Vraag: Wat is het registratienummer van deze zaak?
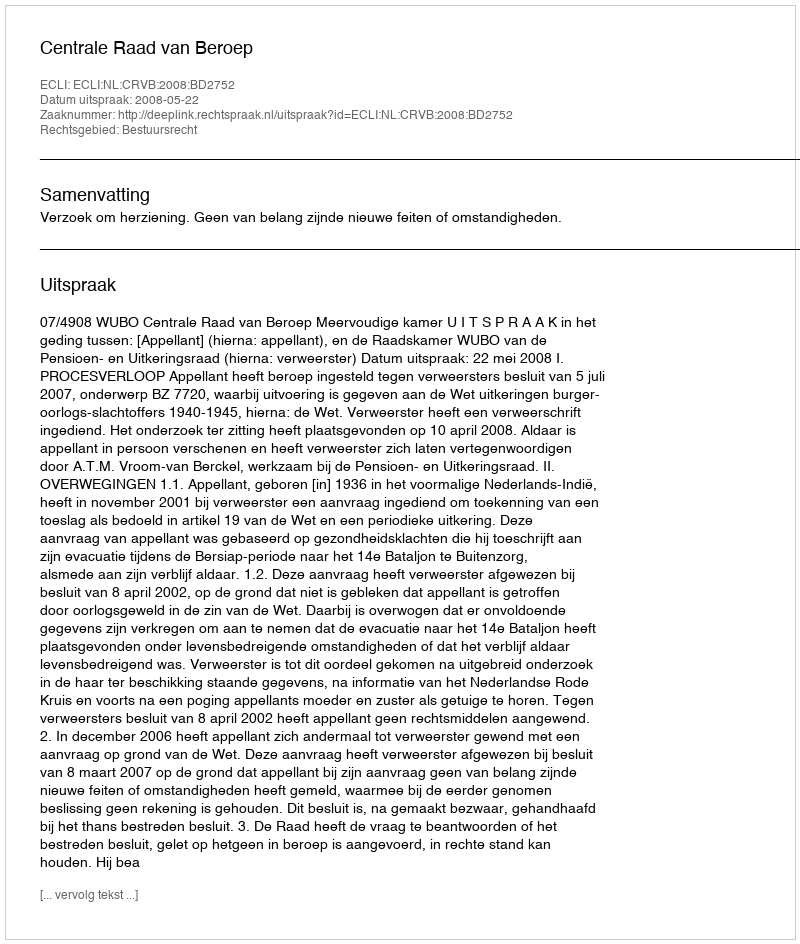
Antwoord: http://deeplink.rechtspraak.nl/uitspraak?id=ECLI:NL:CRVB:2008:BD2752